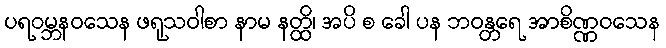
ပရဝမ္ဘနဝသေန ဖရုသဝါစာ နာမ နတ္ထိ၊ အပိ စ ခေါ ပန ဘဝန္တရေ အာစိဏ္ဏဝသေန